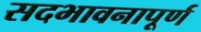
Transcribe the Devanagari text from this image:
सदभावनापूर्ण